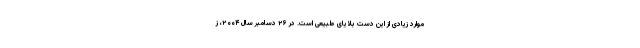
موارد زیادی از این دست بلایای طبیعی است. در ۲۶ دسامبر سال ۲۰۰۴، ز